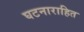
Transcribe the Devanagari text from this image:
घटनाराहित